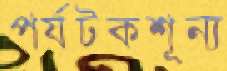
পর্যটকশূন্য